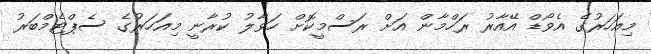
މިއަހަރުގެ އެވޯޑް އޭއާރު ރަހްމާން އަށް ރަސްމީކޮށް ހަވާލު ކުރާނީ މިއަހަރުގެ ސެޕްޓެމްބަރު